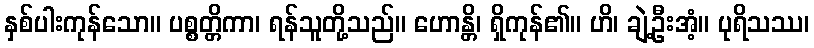
နှစ်ပါးကုန်သော။ ပစ္စတ္တိကာ၊ ရန်သူတို့သည်။ ဟောန္တိ၊ ရှိကုန်၏။ ဟိ၊ ချဲ့ဦးအံ့။ ပုရိသဿ၊